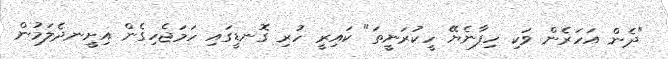
"ދެން އަހަރެން ވަކި ހިފާނެޔޭ ހީކުރަނީތަ" ކައިރީ ހުރި ގޮނޑީގައި ހަމަޖެހިގެން އިށީނދެލަމުން